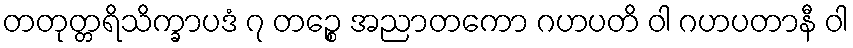
တတုတ္တရိသိက္ခာပဒံ ၇ တဉ္စေ အညာတကော ဂဟပတိ ဝါ ဂဟပတာနီ ဝါ